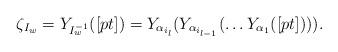
LaTeX: \begin{align*}\zeta_{I_w}=Y_{I_w^{-1}}([pt])=Y_{\alpha_{i_l}}(Y_{\alpha_{i_{l-1}}}(\ldots Y_{\alpha_1}([pt]))).\end{align*}